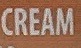
CREAM